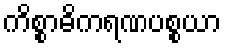
ကိစ္စာဓိကရဏပစ္စယာ